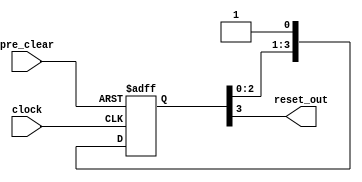
module nios_altmemddr_0_phy_alt_mem_phy_reset_pipe (
                                input  wire clock,
                                input  wire pre_clear,
                                output wire reset_out
                              );
parameter PIPE_DEPTH = 4;
    reg [PIPE_DEPTH - 1 : 0]  ams_pipe;
    integer                   i;
        always @(posedge clock or negedge pre_clear)
        begin
            if (pre_clear == 1'b0)
            begin
                ams_pipe <= 0;
            end
            else
            begin
               for (i=0; i< PIPE_DEPTH; i = i + 1)
               begin
                   if (i==0)
                       ams_pipe[i] <= 1'b1;
                   else
                       ams_pipe[i] <= ams_pipe[i-1];
               end
            end 
        end 
    assign reset_out = ams_pipe[PIPE_DEPTH-1];
endmodule